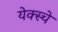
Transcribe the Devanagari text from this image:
येक्स्चे